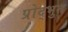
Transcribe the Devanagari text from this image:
प्रोद्भुत